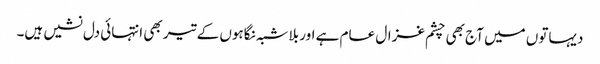
دیہاتوں میں آج بھی چشم غزال عام ہے اور بلاشبہ نگاہوں کے تیر بھی انتہائی دل نشیں ہیں۔